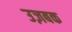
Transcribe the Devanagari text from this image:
उज़बक